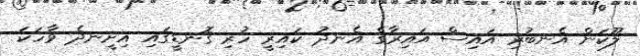
ލޫކަން އެނބުރި އައިސް އައިރާގެ އެނދު ކައިރީ ހުރި ގޮނޑީގައި އިށީނދެ ވާހަކަ